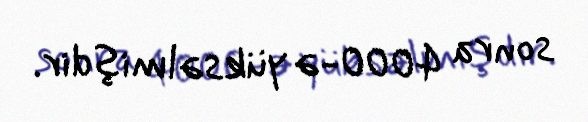
sonra 4000-ə yüksəlmişdir.